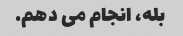
بله، انجام می دهم.